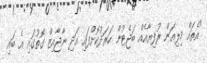
"އެތައް މިލިއަން ރުފިޔާއެއް ބަޖެޓުން ހަރަދުކޮށްފައި އަދި ނާޖާއިޒް ގޮތުގައި އެ ބައި